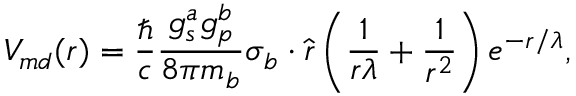
V _ { m d } ( r ) = \frac { \hbar } { c } \frac { g _ { s } ^ { a } g _ { p } ^ { b } } { 8 \pi m _ { b } } \boldsymbol { \sigma } _ { b } \cdot \hat { \boldsymbol { r } } \left( \frac { 1 } { r \lambda } + \frac { 1 } { r ^ { 2 } } \right) e ^ { - r / \lambda } ,